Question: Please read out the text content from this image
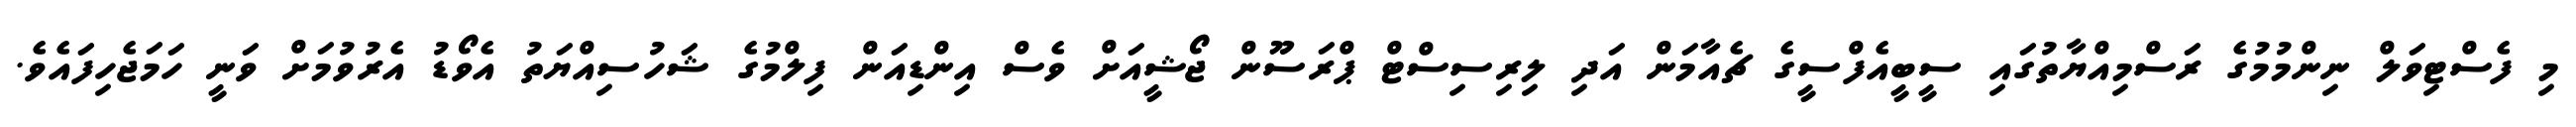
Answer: މި ފެސްޓިވަލް ނިންމުމުގެ ރަސްމިއްޔާތުގައި ސީބީއެފްސީގެ ޗެއާމަން އަދި ލިރިސިސްޓް ޕްރަސޫން ޖޯޝީއަށް ވެސް އިންޑިއަން ފިލްމުގެ ޝަހުސިއްޔަތު އެވޯޑު އެރުވުމަށް ވަނީ ހަމަޖެހިފައެވެ.